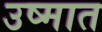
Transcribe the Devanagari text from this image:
उष्मात